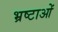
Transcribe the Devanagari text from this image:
भ्रष्टाओं